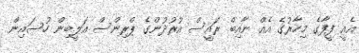
އެއީ ފީފާގެ މިހާރުގެ އެއް ނާއިބް ރައީސް އުރުދުންގެ ޕްރިންސް އަލީބިން ހުސައިން